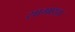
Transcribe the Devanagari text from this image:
सामाथ्र्य